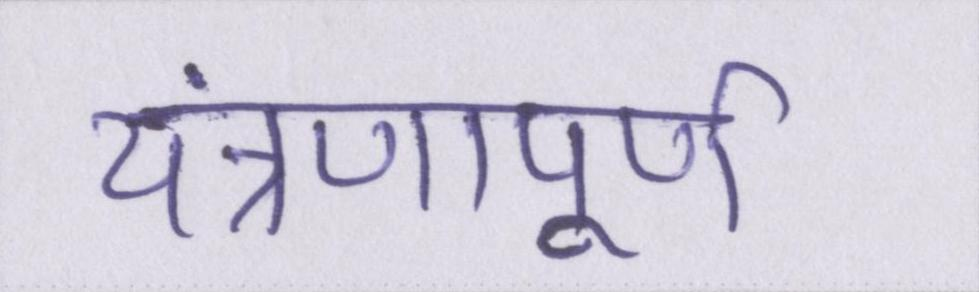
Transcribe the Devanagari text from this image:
यंत्रणापूर्ण